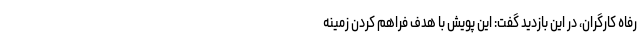
رفاه کارگران، در این بازدید گفت: این پویش با هدف فراهم کردن زمینه